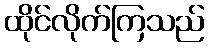
ထိုင်လိုက်ကြသည်